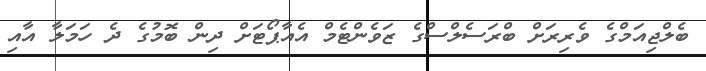
ބެލްޖިއަމްގެ ވެރިރަށް ބްރަސެލްސްގެ ޒަވެންޓެމް އެއާޕޯޓަށް ދިން ބޮމުގެ ދެ ހަމަލާ އާއި